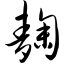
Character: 麴